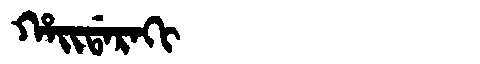
Manchu: ᡥᠠᡳᡩᠠᡵᠠᡴᡳ
Romanization: HAIDARAKI